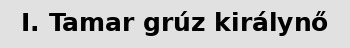
I. Tamar grúz királynő